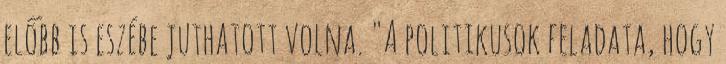
előbb is eszébe juthatott volna. "A politikusok feladata, hogy